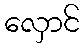
လှောင်